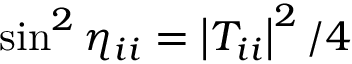
\sin ^ { 2 } \eta _ { i i } = \left| T _ { i i } \right| ^ { 2 } / 4